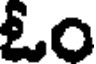
ఓం